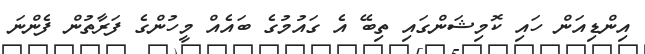
އިންޑިއަން ހައި ކޮމިޝަންގައި ތިބޭ އެ ގައުމުގެ ބައެއް މީހުންގެ ފަރާތުން ފެންނަ